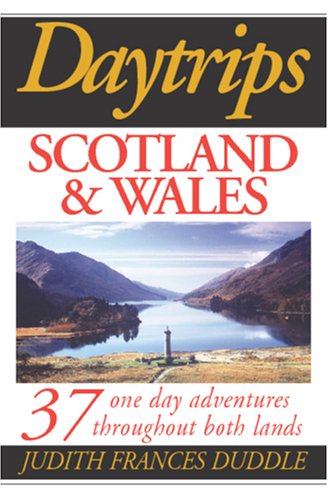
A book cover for Daytrips Scotland and Wales: 37 One Day Adventures Throughout Both Lands (Daytrips Scotland & Wales); Judith Frances Duddle; Travel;